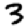
Digit: 3